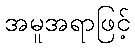
အမူအရာဖြင့်